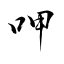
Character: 呷